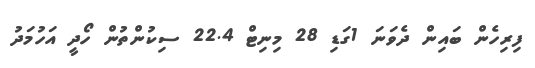
ފިރިހެން ބައިން ދެވަނަ 1ގަޑި 28 މިނިޓް 22.4 ސިކުންތުން ހޯދީ އަހުމަދު